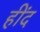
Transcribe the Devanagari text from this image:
हींद